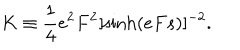
K \equiv \frac { 1 } { 4 } e ^ { 2 } F ^ { 2 } [ \sinh ( e F s ) ] ^ { - 2 } .